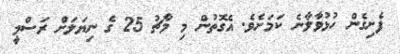
ފެށިގެން ހުޅުވާލާނެ ކަމަށެވެ. އެގޮތުން މި މާޗު 25 ގެ ނިޔަލަށް ރަސްމީ